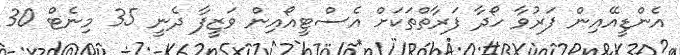
އެންޑީއޭއިން ފަރުވާ ހޯދާ ފަރާތްތަކަށް އެސްޓީއޯއިން ވަޒީފާ ދެނީ 35 މިނެޓް 30